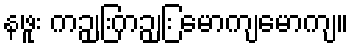
နဖူး ကဉျြးကဉျြး မောကျမောကျ။